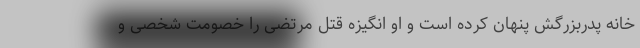
خانه پدربزرگش پنهان کرده است و او انگیزه قتل مرتضی را خصومت شخصی و